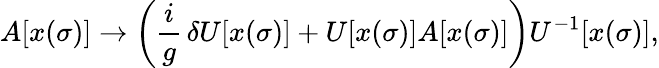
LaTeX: A[x(\sigma)]\rightarrow\left(\frac{i}{g}\, \delta U[x(\sigma)]+U[x(\sigma)]A[x(\sigma)]\right)U^{-1}[x(\sigma)],